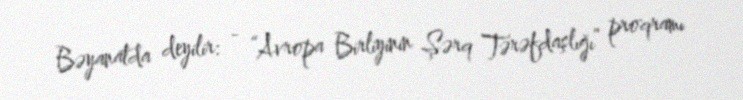
Bəyanatda deyilir: - “Avropa Birliyinin Şərq Tərəfdaşlığı” proqramı